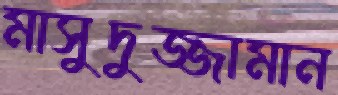
মাসুদুজ্জামান